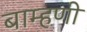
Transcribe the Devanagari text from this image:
बाम्हणी